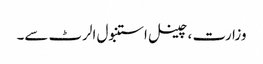
وزارت ، چینل استنبول الرٹ سے۔